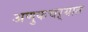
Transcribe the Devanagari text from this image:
अणुकचऱ्यात